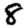
Digit: 8